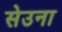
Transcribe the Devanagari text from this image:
सेउना